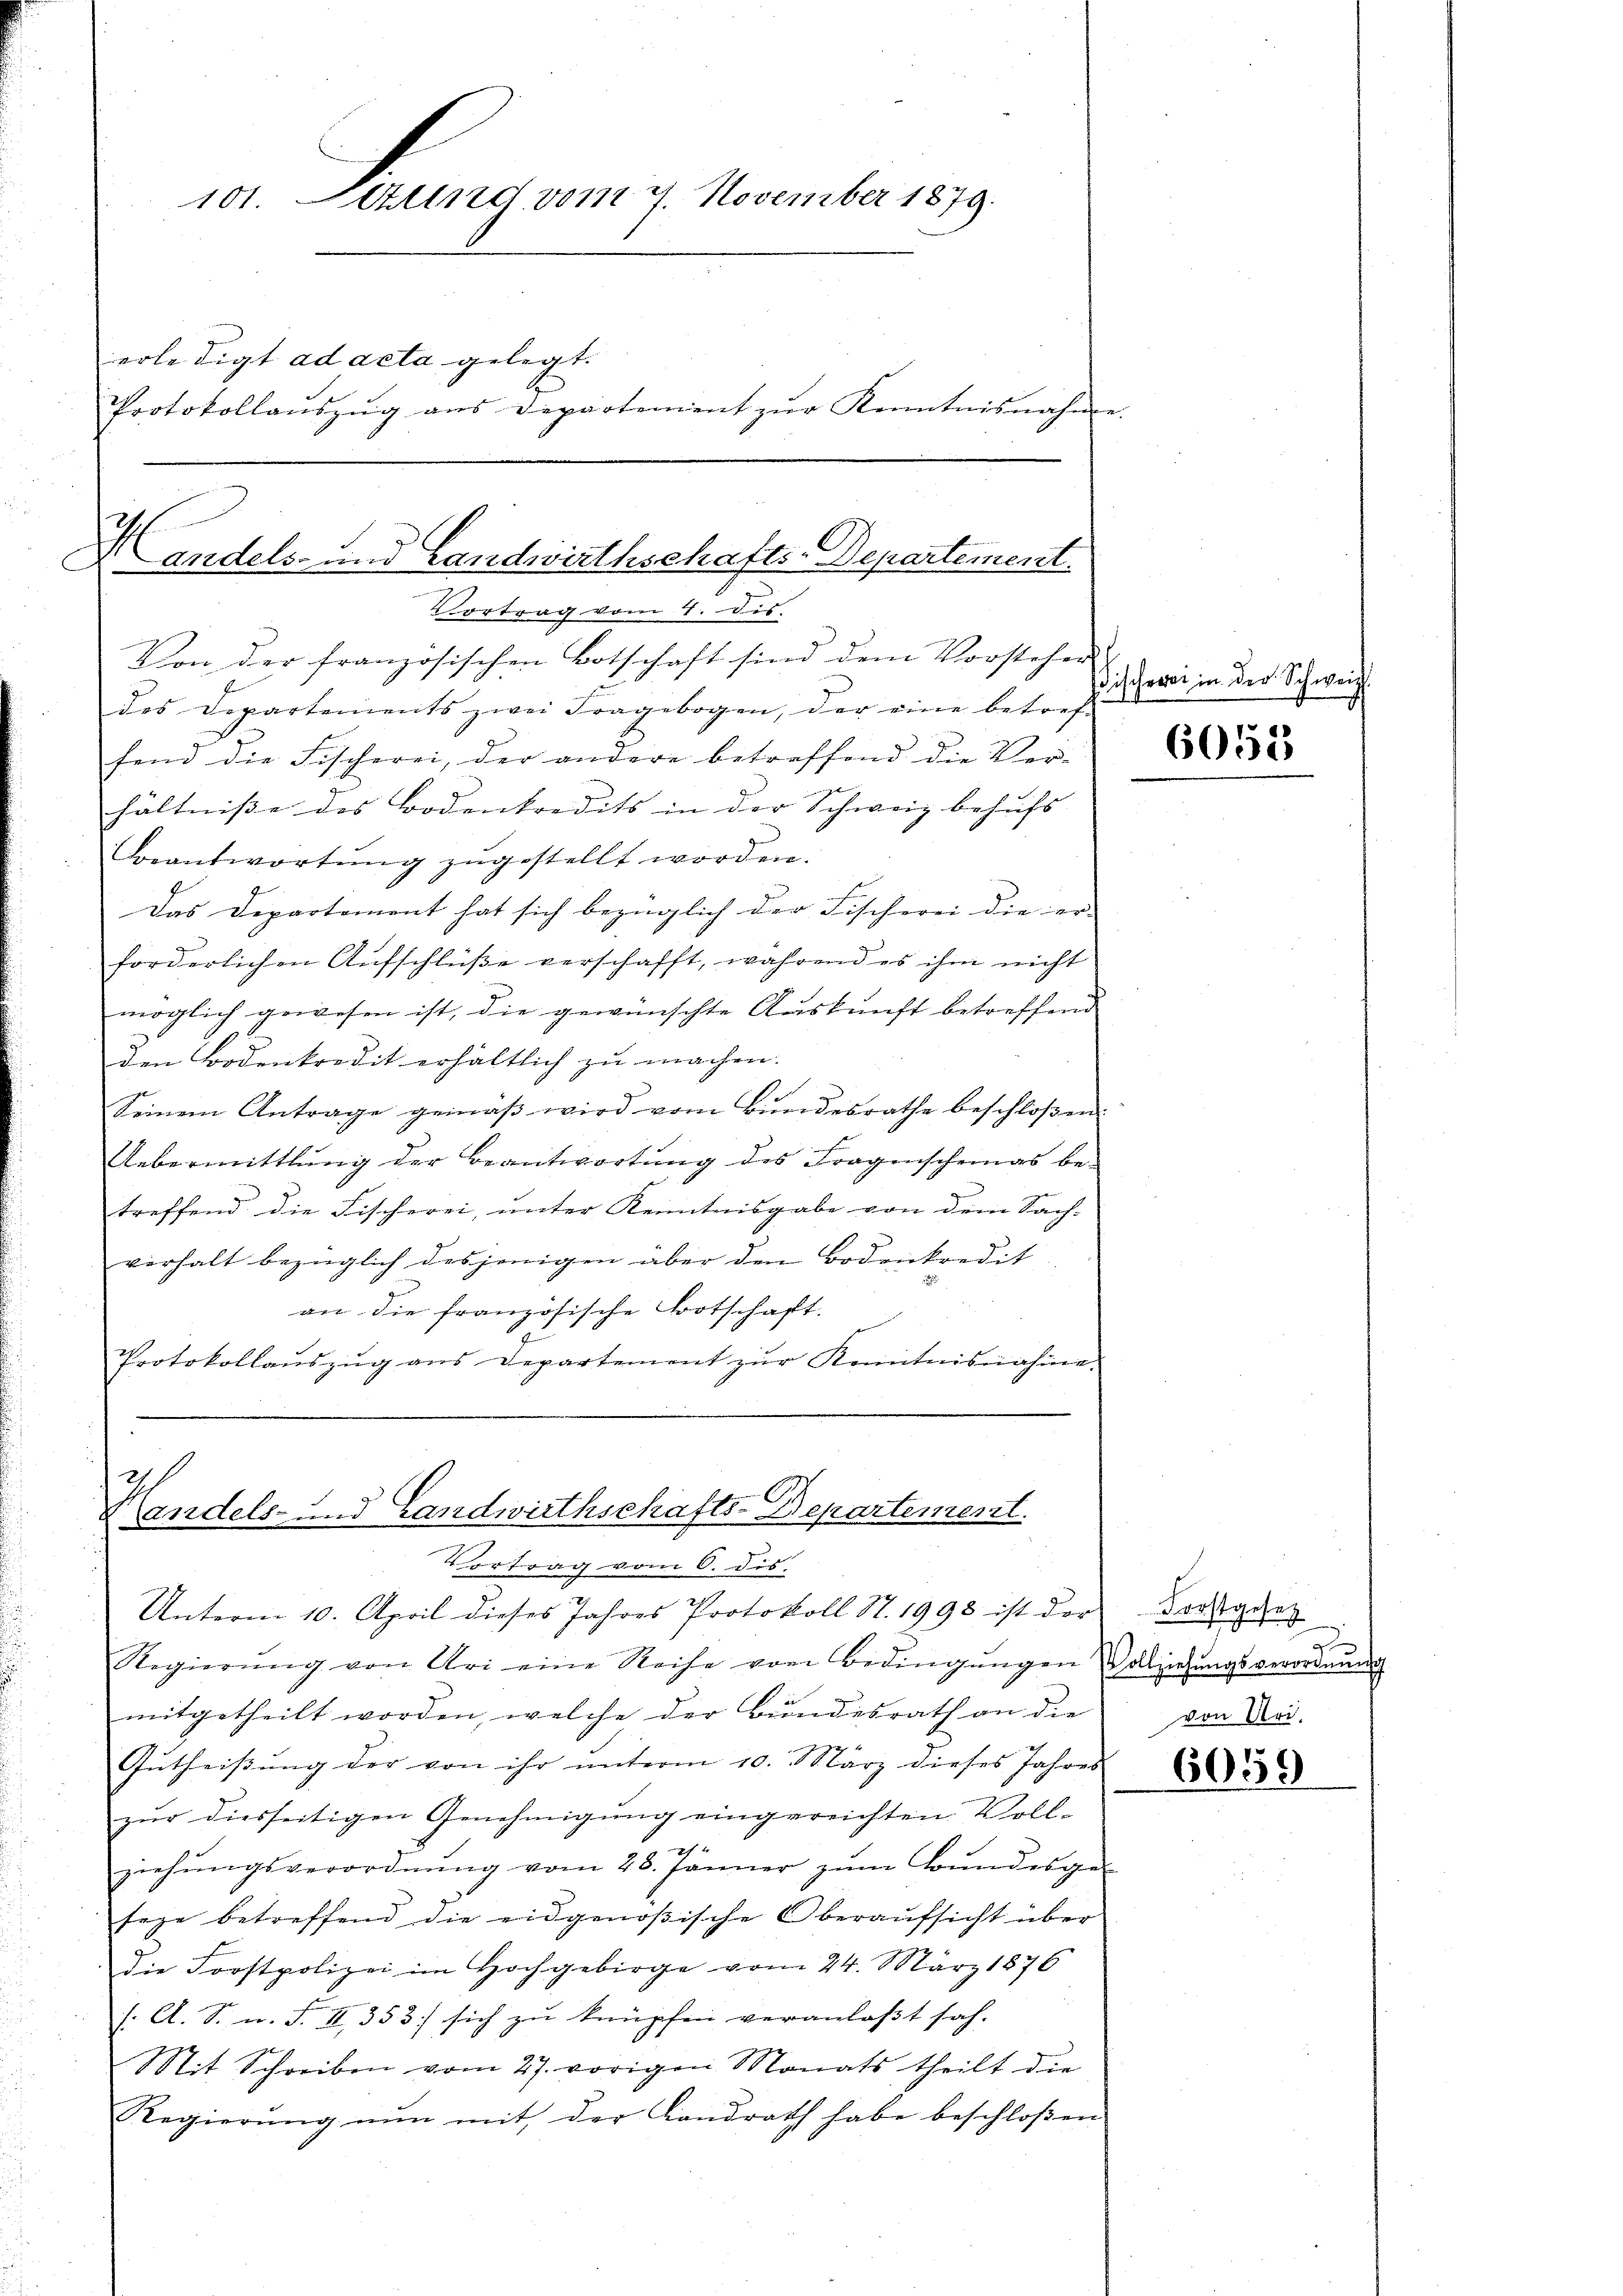
vor. Sizung vom 7. November 1849
erledigt ad acta gelegt.
Protokollaŭszŭg ans Departement zŭr Kenntnisnahme.

Handels- und Landwirthschafts-Departement.
Vortrag vom 4. Dis

Von der französischen Botschaft sind dem Vorstehen
des Departements zwei Fragebogen, der eine betref-
fend die Fischerei, der andere betreffend die Ver-
hältnisse des Bodenkredits in der Schweiz behufs
Beantwortung zugestellt worden.
Das Departement hat sich bezüglich der Fischerei die er- |
forderlichen Aufschlüße verschafft, während es ihm nicht
möglich gewesen ist, die gewünschte Auskunft betreffend
den Bodenkredit erhältlich zu machen.
Seinem Antrage gemäβ wird vom Bundesrathe beschloßen:
Uebermittlung der Beantwortung des Fragenscheinas betreffend die Fischerei, unter Kenntnisgabe von dem Sach-
verhalt bezüglich desjenigen über den Bodenkredit
an die französische Botschaft.
.
Protokollaŭszŭg ans Departement zŭr Kenntnisnahme

Handels- und Landwirthschafts-Departement.
Vortrag vom 6. dis.

Unterm 10. April dieses Jahres Protokoll S. 1998 ist der dargesez
Regierŭng von Uri eine Reise von Bedingŭngen allziehŭngsverordnŭng
mitgetheilt worden, welche der Bundesrath an die von Nei-
Gutheißung der von ihr unterm 10. März dieses Jahres
zur diesseitigen Genehmigung eingereichten Voll-

ziehŭngsverordnŭng vom 28. Jänner zŭm Bŭndesge
tege betreffend die eidgenößische Oberaŭfsicht über
die Forstpolizei im Hochgebirge vom 24. März 1876
/: A. S. n. F. II, 353) sich zu knüpfen veranlasst sah. |
Mit Schreiben vom 27. vorigen Monats theilt die
Regierŭng nŭn mit der Landrath habe beschloßen

discherei in der Schweiz.

6055

2

6059